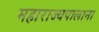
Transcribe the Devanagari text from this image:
महाराज्यपालाना